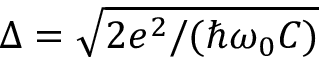
\Delta = \sqrt { 2 e ^ { 2 } / ( \hbar \omega _ { 0 } C ) }